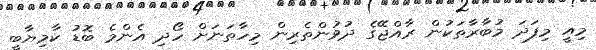
މިއީ މިފަދަ މުބާރާތަކުން ރާއްޖޭގެ ދުވުންތެރިން މިހާތަނަށް ހޯދި އެންމެ ބޮޑު ކާމިޔާބީ